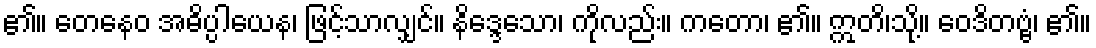
၏။ တေနေဝ အဓိပ္ပါယေန၊ ဖြင့်သာလျှင်။ နိဒ္ဒေသော၊ ကိုလည်း။ ကတော၊ ၏။ ဣတိ၊သို့။ ဝေဒိတဗ္ဗံ၊ ၏။